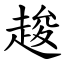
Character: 䞭